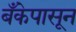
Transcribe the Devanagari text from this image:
बँकेपासून